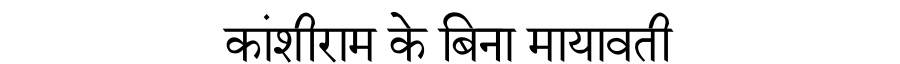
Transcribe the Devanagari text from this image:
कांशीराम के बिना मायावती